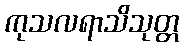
ကုသလရာသိသုတ္တ